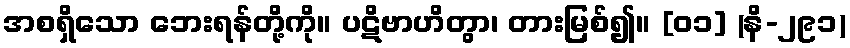
အစရှိသော ဘေးရန်တို့ကို။ ပဋိဗာဟိတွာ၊ တားမြစ်၍။ [၀၁] (နိ-၂၉၁)